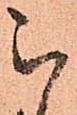
被